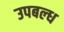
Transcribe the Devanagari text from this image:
उपबल्ध